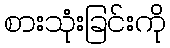
စားသုံးခြင်းကို